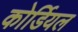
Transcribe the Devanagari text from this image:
कोर्डियल